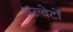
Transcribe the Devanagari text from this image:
अल्बेर्टों